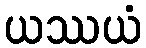
ယဿယံ